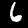
Digit: 6